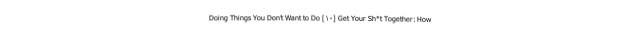
Doing Things You Don’t Want to Do [۱۰] Get Your Sh*t Together: How